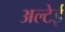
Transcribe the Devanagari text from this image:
अल्टेई